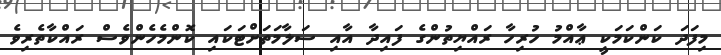
މިފަދަ ކަންކަމަކީ ޢާއްމު ހުރިހާ ރައްޔިތުންގެ ފައިދާ އާއި ސަލާމަތަށްޓަކައި ކޮންމެހެންވެސް ރައްކާތެރިވެ